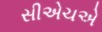
સીએચએ